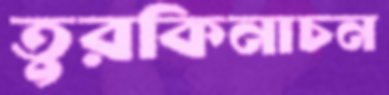
তুরকিনাচন